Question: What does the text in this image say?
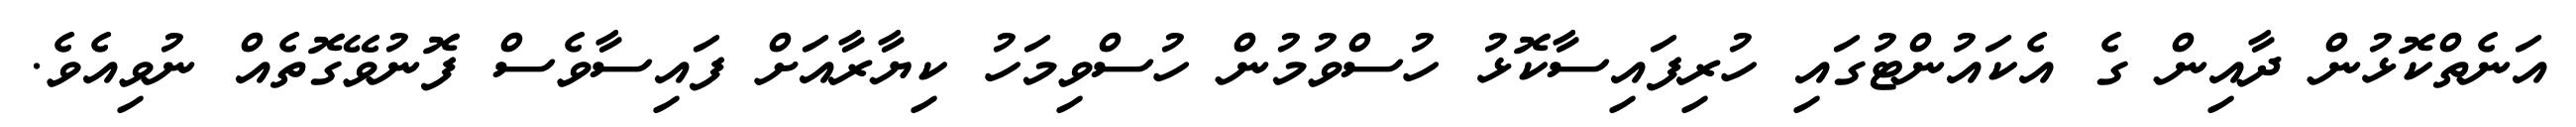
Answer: އަނެތްކޮޅުން ދާއިން ގެ އެކައުންޓުގައި ހުރިފައިސާކޮޅު ހުސްވުމުން ހުސްވިމަހު ކިޔާރާއަށް ފައިސާވެސް ފޮނުވޭގޮތެއް ނުވިއެވެ.